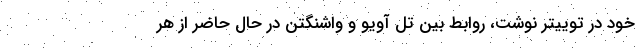
خود در توییتر نوشت، روابط بین تل آویو و واشنگتن در حال حاضر از هر